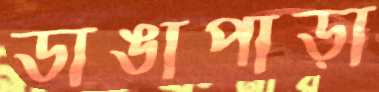
ডাঙাপাড়া